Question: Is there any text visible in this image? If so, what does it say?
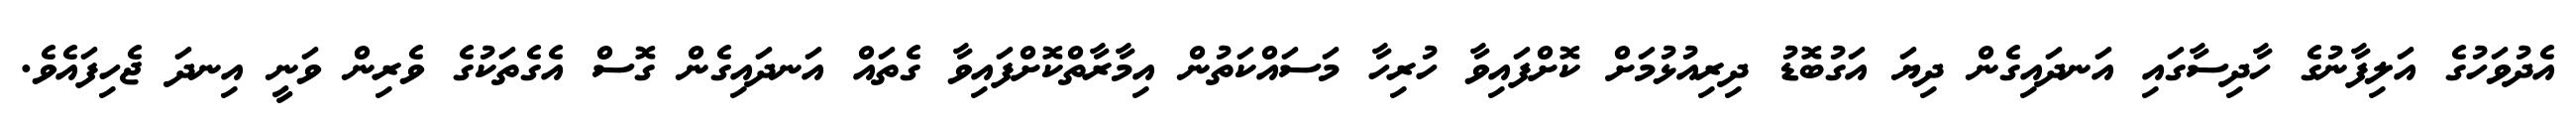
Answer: އެދުވަހުގެ އަލިފާނުގެ ހާދިސާގައި އަނދައިގެން ދިޔަ އަގުބޮޑު ދިރިއުޅުމަށް ކޮށްފައިވާ ހުރިހާ މަސައްކަތުން އިމާރާތްކޮށްފައިވާ ގެތައް އަނދައިގެން ގޮސް އެގެތަކުގެ ވެރިން ވަނީ އިނދަ ޖެހިފައެވެ.